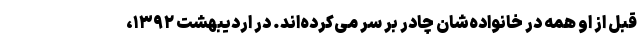
قبل از او همه در خانواده‌شان چادر بر سر می‌کرده‌اند. در اردیبهشت ۱۳۹۲،